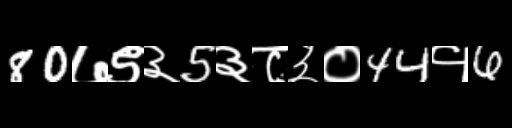
Text: 80७९३5३८३०44१6